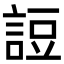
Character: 䛠